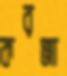
করঞ্জা